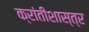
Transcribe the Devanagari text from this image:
क्रांतीशास्त्र